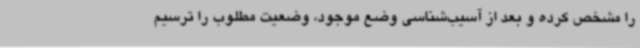
را مشخص کرده و بعد از آسیب‌شناسی وضع موجود، وضعیت مطلوب را ترسیم